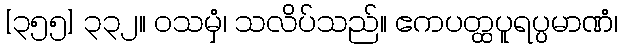
[၃၅၅] ၃၃၂။ ဝသမှံ၊ သလိပ်သည်။ ဧကပတ္ထပူရပ္ပမာဏံ၊